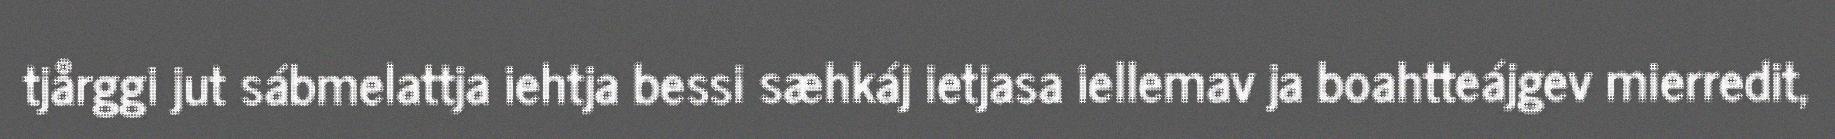
tjårggi jut sábmelattja iehtja bessi sæhkáj ietjasa iellemav ja boahtteájgev mierredit,